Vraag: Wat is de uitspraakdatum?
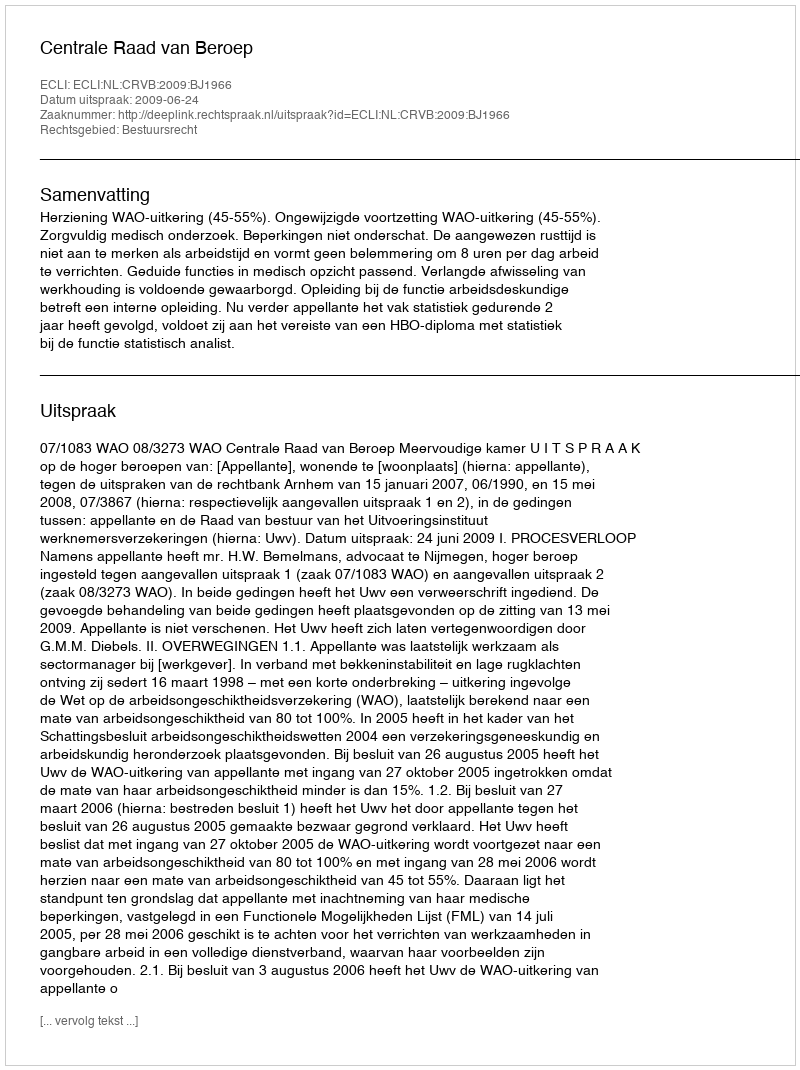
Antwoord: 2009-06-24